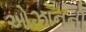
ઓઝાનની